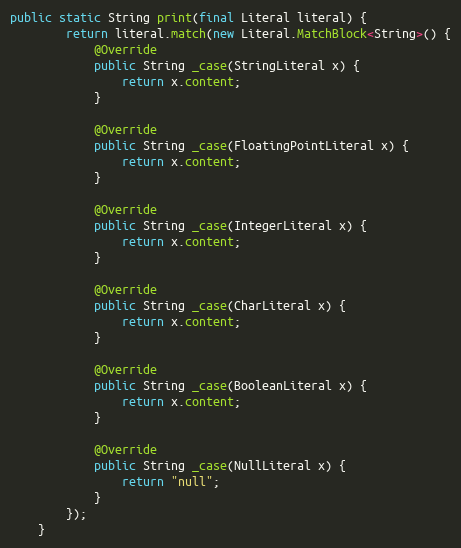
Language: Java
public static String print(final Literal literal) {
        return literal.match(new Literal.MatchBlock<String>() {
            @Override
            public String _case(StringLiteral x) {
                return x.content;
            }

            @Override
            public String _case(FloatingPointLiteral x) {
                return x.content;
            }

            @Override
            public String _case(IntegerLiteral x) {
                return x.content;
            }

            @Override
            public String _case(CharLiteral x) {
                return x.content;
            }

            @Override
            public String _case(BooleanLiteral x) {
                return x.content;
            }

            @Override
            public String _case(NullLiteral x) {
                return "null";
            }
        });
    }